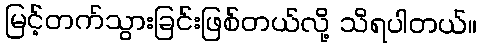
မြင့်တက်သွားခြင်းဖြစ်တယ်လို့ သိရပါတယ်။